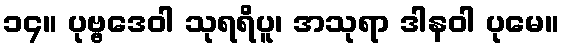
၁၄။ ပုဗ္ဗဒေဝါ သုရရိပူ၊ အသုရာ ဒါနဝါ ပုမေ။